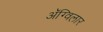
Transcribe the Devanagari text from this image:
अॅग्विलार